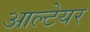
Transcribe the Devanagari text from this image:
आल्टेयर